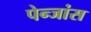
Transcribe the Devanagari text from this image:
पेन्जांस